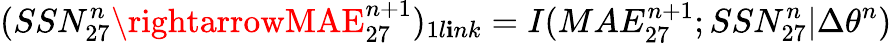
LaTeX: \large(SSN_{27}^{n}\rightarrowMAE_{27}^{n+1}\large)_{1l\mathbf{i}nk}=I(MAE_{27}^{n+1};SSN_{27}^{n}|\Delta\theta^{n})